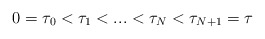
\begin{align*} 0 = \tau_0 < \tau_1 < ... < \tau_N < \tau_{N+1} = \tau\end{align*}